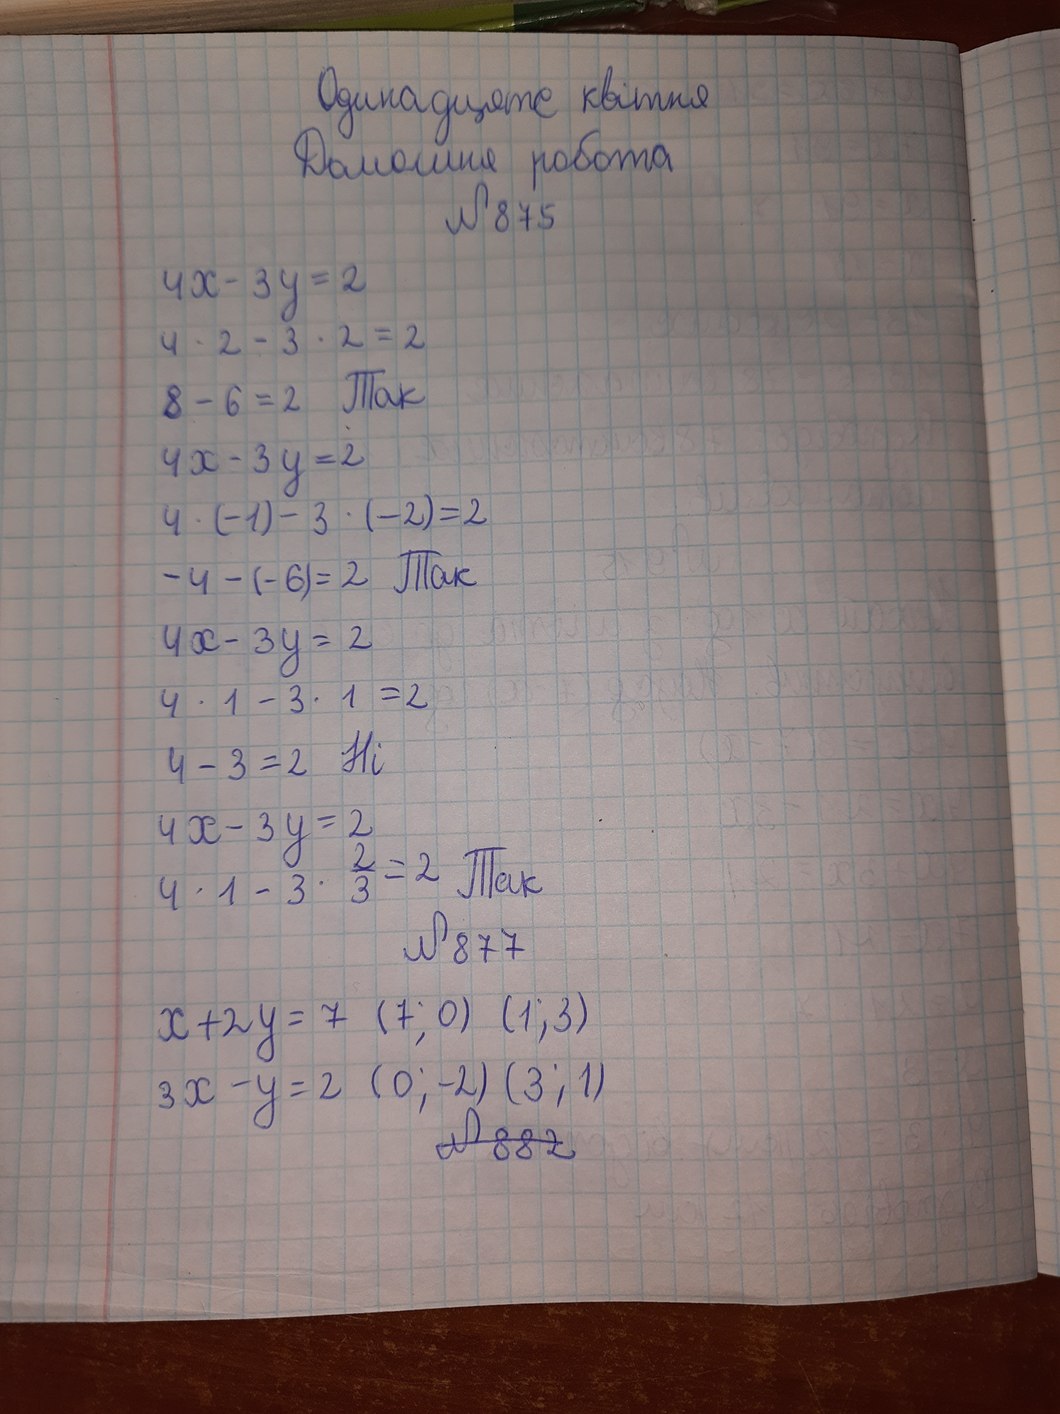
Одинадцяте квітня
Домашня робота
№875
4x - 3y = 2
4*2-3*2=2
8-6=2 Так
4x - 3y = 2
4 \cdot (-1) - 3 \cdot (-2) = 2
4-(-6)=2 Так
4х -3у=2
4 \cdot 1 - 3 \cdot 1 = 2
4-3=2 Ні
4х-3у-2
4*1-3*(2/3)=2 Так
№877
х+2у=7 (7;0) (1;3)
3х-у=2 (0;-2) (3;1)
~~№882~~